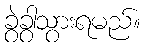
ခွဲခွာသွားရမည်။